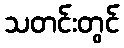
သတင်းတွင်